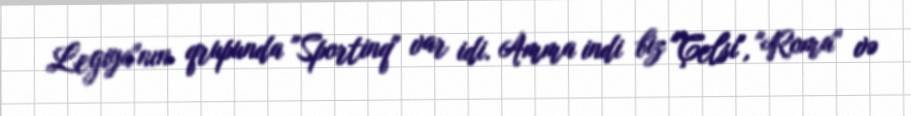
Legiya"nın qrupunda "Sportinq" var idi. Amma indi biz "Çelsi", "Roma" və